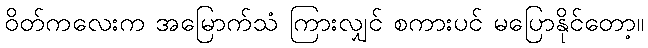
ဝိတ်ကလေးက အမြောက်သံ ကြားလျှင် စကားပင် မပြောနိုင်တော့။